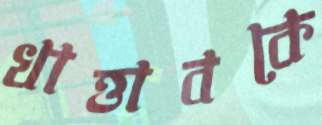
খাত্তাবকে